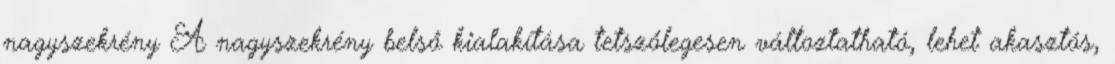
nagyszekrény A nagyszekrény belső kialakítása tetszőlegesen változtatható, lehet akasztós,